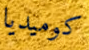
كوميديا